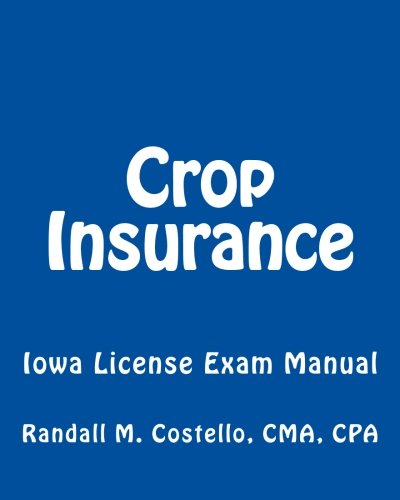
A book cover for Crop Insurance: Iowa License Exam Manual; CMA, CPA, Randall M. Costello; Business & Money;